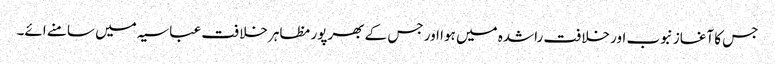
جس کا آغاز نبوب اور خلافت راشدہ میں ہوا اور جس کے بھرپور مظاہر خلافت عباسیہ میں سامنے ائے۔